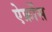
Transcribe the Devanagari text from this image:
ऐफ्रोंस